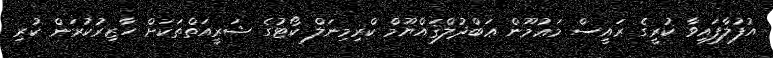
އުފުލާފައިވާ ކުރީގެ ރައީސް މަޢުމޫން ޢަބްދުލްޤައްޔޫމް ކްރިމިނަލް ކޯޓުގެ ޝަރީއަތްތަކަށް ހާޒިރުކުރަން ކުރި